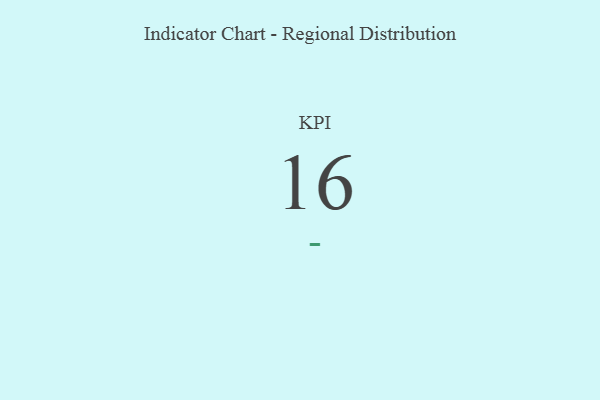
{"axis": {"x": "KPI", "y": "Value"}, "legend": [""], "data": [{"x": "KPI", "y": 16, "type": ""}]}